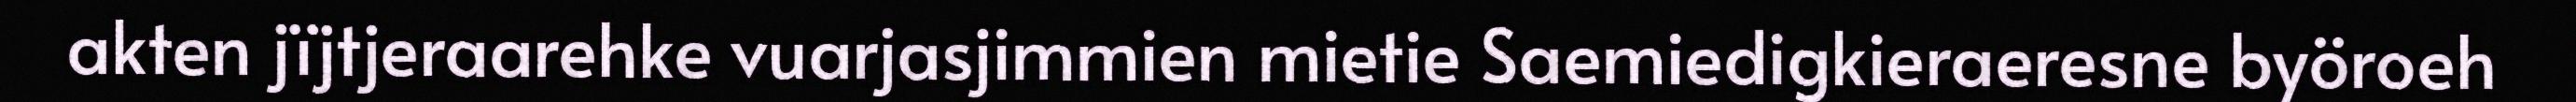
akten jïjtjeraarehke vuarjasjimmien mietie Saemiedigkieraeresne byöroeh